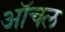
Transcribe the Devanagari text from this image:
ऑचल